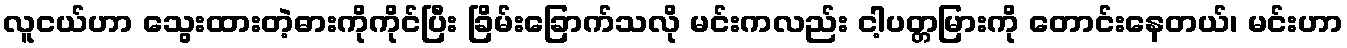
လူငယ်ဟာ သွေးထားတဲ့ဓားကိုကိုင်ပြီး ခြိမ်းခြောက်သလို မင်းကလည်း ငါ့ပတ္တမြားကို တောင်းနေတယ်၊ မင်းဟာ